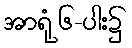
အာရုံ ၆-ပါး၌